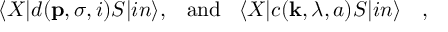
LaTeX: \langle X | d ( { \bf p } , \sigma , i ) S | i n \rangle , \; \; \; \mathrm { a n d } \; \; \; \langle X | c ( { \bf k } , \lambda , a ) S | i n \rangle ~ ~ ~ ,